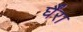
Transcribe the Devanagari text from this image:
र्घैंरा